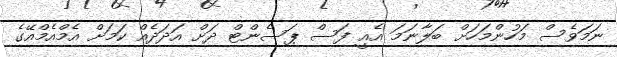
ނަމަވެސް މަހުންމަހަށް ބަލާނަމަ އެއީ ފަސް ޕަސެންޓް ދަށް އަދަދެއް ކަމަށް އެމްއެމްއޭގެ